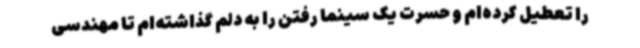
را تعطیل کرده‌ام و حسرت یک سینما رفتن را به دلم گذاشته‌ام تا مهندسی